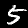
Label: 5